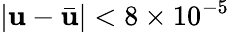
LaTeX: \left|\mathbf{u}-{\bar{{\mathbf{u}}}}\right|<8\times10^{-5}